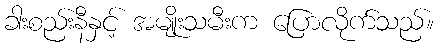
ခါးစည်းနီနှင့် အမျိုးသမီးက ပြောလိုက်သည်။